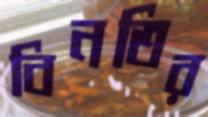
বিনতির